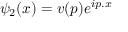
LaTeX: \psi _ { 2 } ( x ) = v ( p ) e ^ { i p . x }